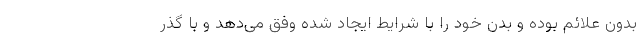
بدون علائم بوده و بدن خود را با شرایط ایجاد شده وفق می‌دهد و با گذر